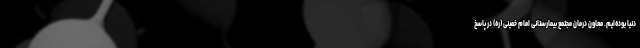
دنیا بوده‌ایم. معاون درمان مجتمع بیمارستانی امام خمینی (ره) در پاسخ